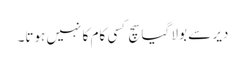
دیر سے بولا گیا سچ کسی کام کا نہیں ہوتا۔